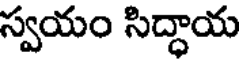
స్వయం సిద్ధాయ